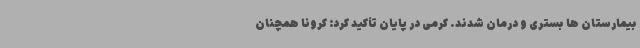
بیمارستان ها بستری و درمان شدند. کرمی در پایان تأکید کرد: کرونا همچنان